Annual administration report of the Civil Veterinary Department of India - 1895-1896
Year: 1895
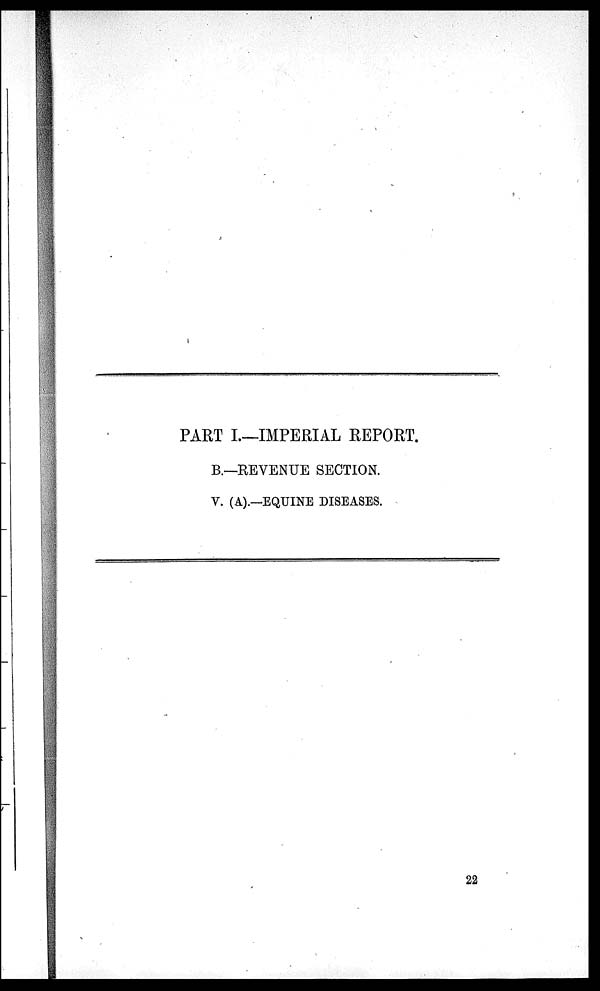
PART I.—IMPERIAL REPORT.
B.—REVENUE SECTION.
V. (A).—EQUINE DISEASES.
22